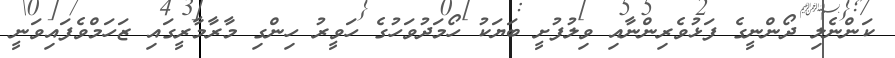
ކަންނެލި ދޯންނީގެ ފަޅުވެރިންނާއި ވިލުފުށީ ބަޔަކު ހޯމަދުވަހުގެ ހަވީރު ހިންގި މާރާމާރީގައި ޒަހަމްވެފައިވަނީ